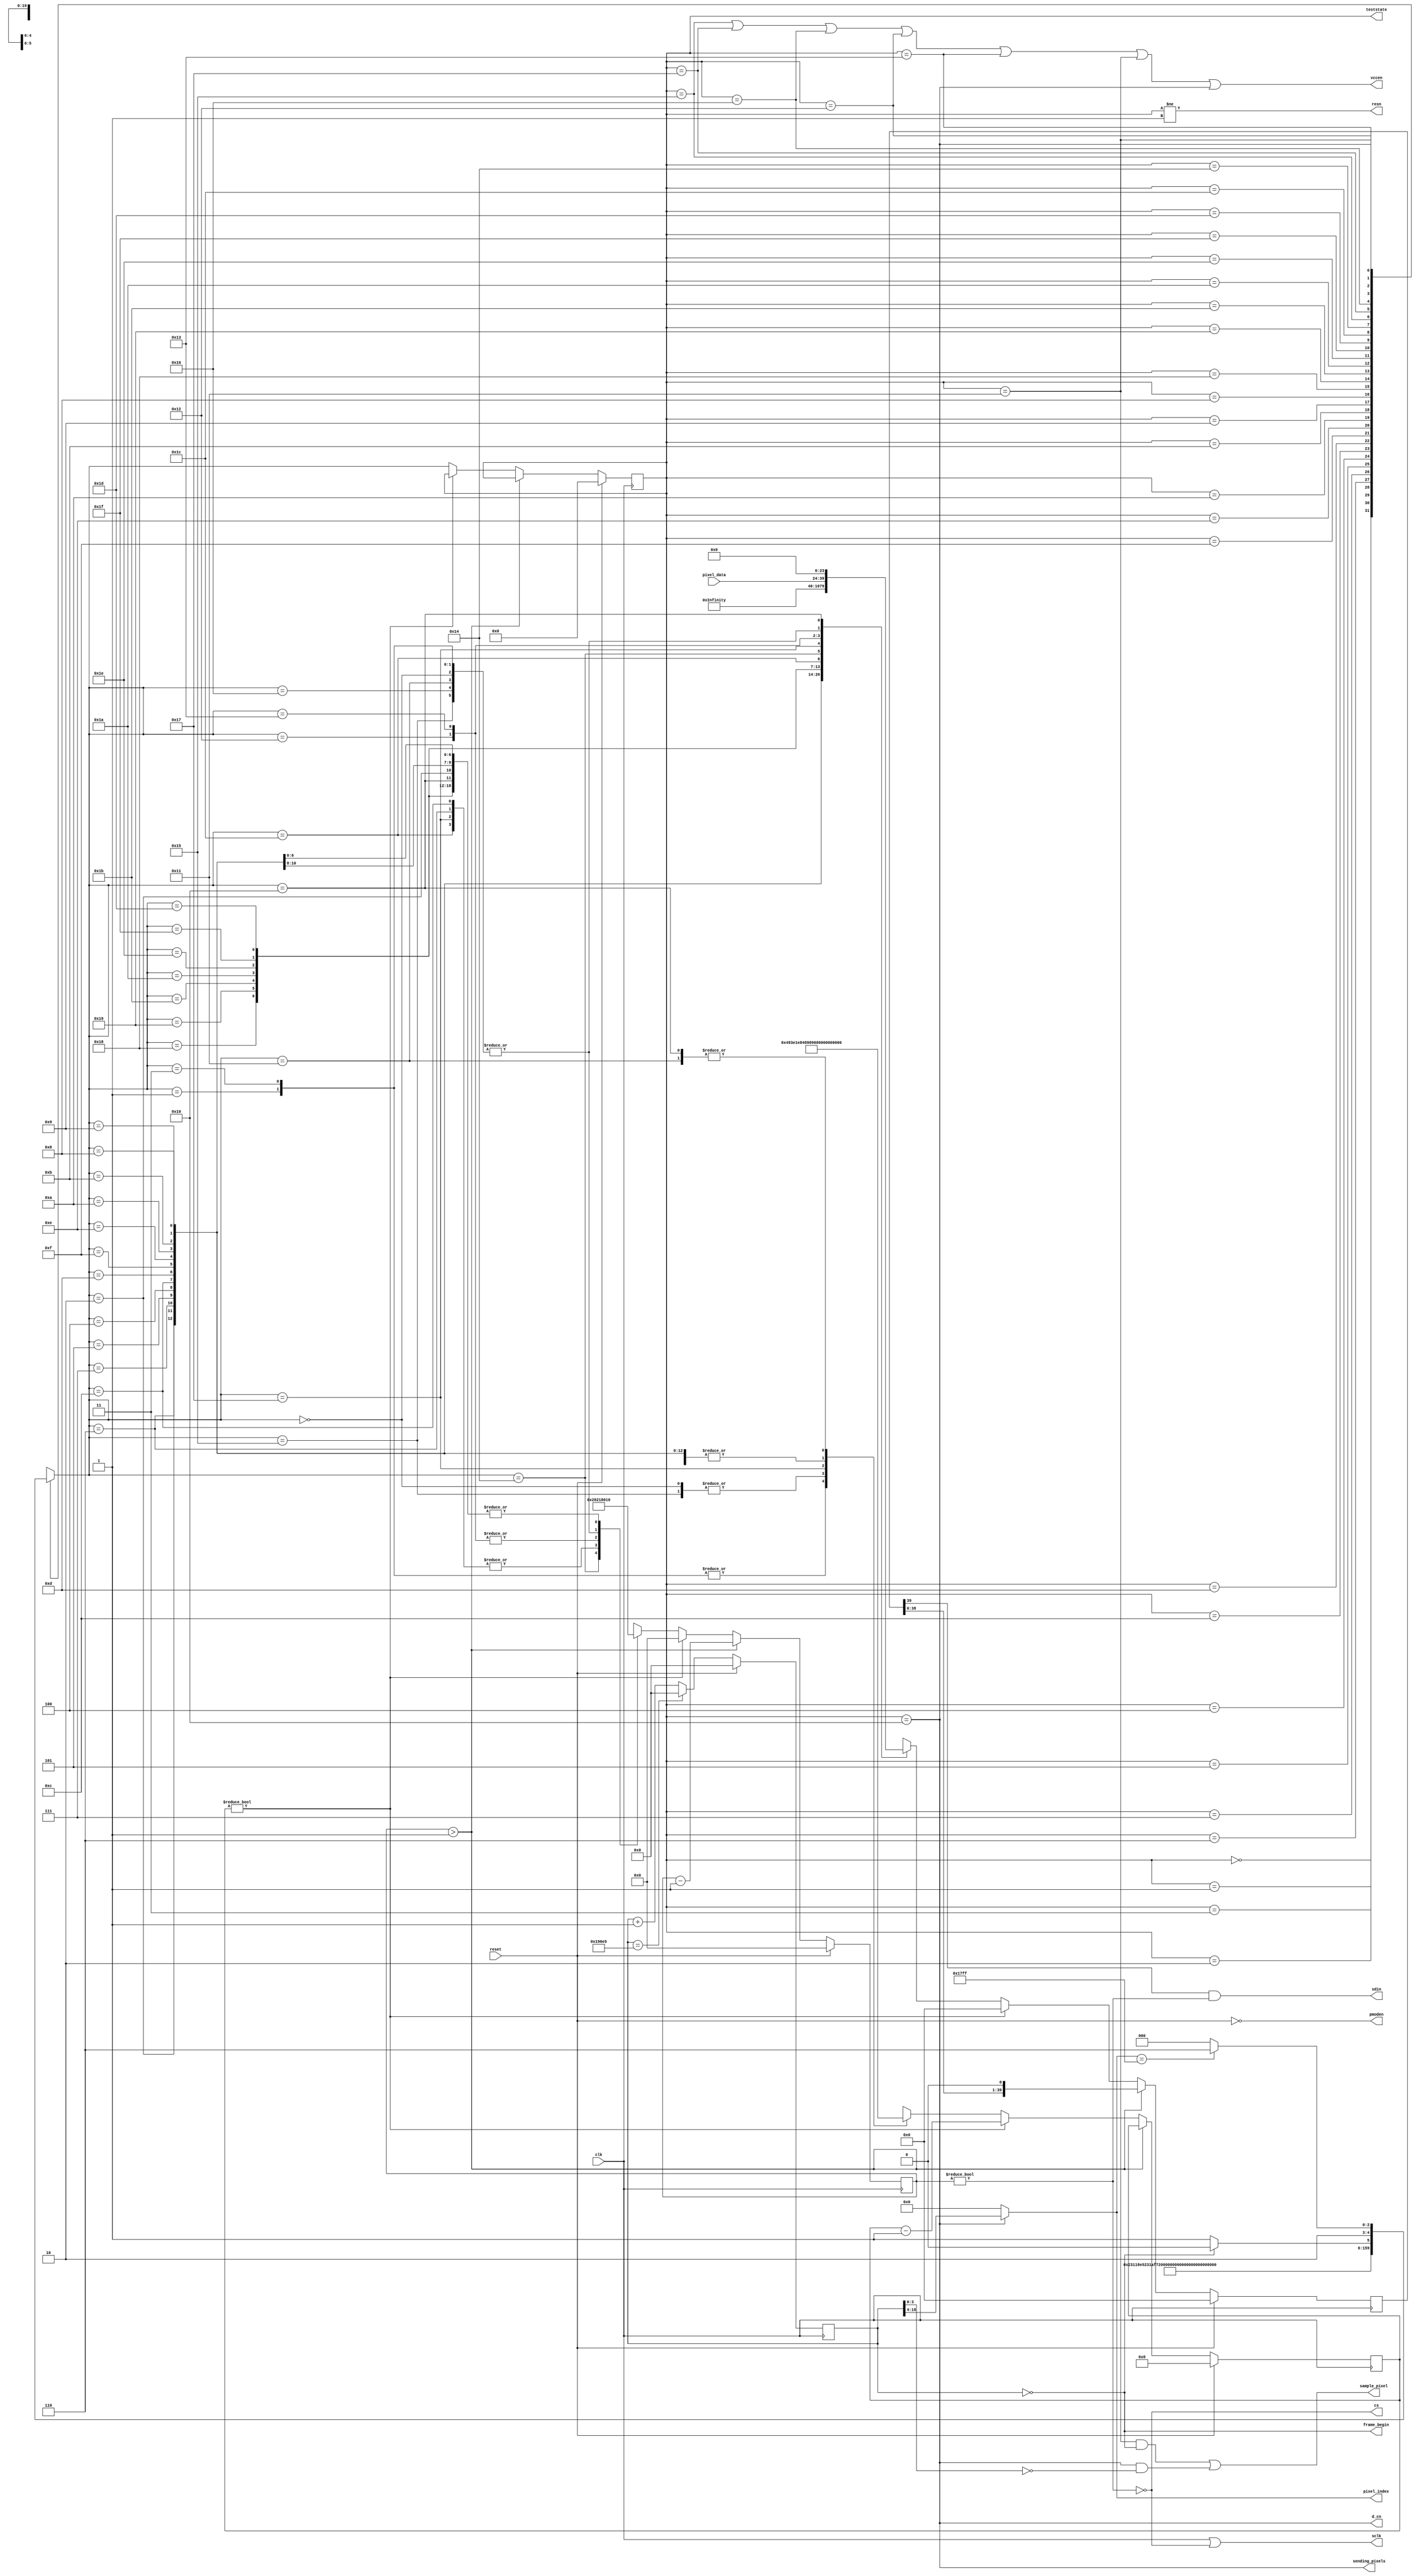
// DO NOT MODIFY THIS MODULE
// DO NOT MODIFY THIS MODULE
// DO NOT MODIFY THIS MODULE

// The codes here are adapted from https://github.com/jhol/otl-icoboard-pmodoledrgb-demo/tree/master/fw/sim

/*
 * Copyright (c) 2017 Joel Holdsworth <joel@airwebreathe.org.uk>
 * All rights reserved.
 *
 * Redistribution and use in source and binary forms, with or without
 * modification, are permitted provided that the following conditions are met:
 *
 * 1. Redistributions of source code must retain the above copyright notice,
 *    this list of conditions and the following disclaimer.
 * 2. Redistributions in binary form must reproduce the above copyright
 *    notice, this list of conditions and the following disclaimer in the
 *    documentation and/or other materials provided with the distribution.
 * 3. Neither the name of copyright holder nor the names of its
 *    contributors may be used to endorse or promote products derived from
 *    this software without specific prior written permission.
 *
 * THIS SOFTWARE IS PROVIDED BY THE COPYRIGHT HOLDERS AND CONTRIBUTORS "AS IS"
 * AND ANY EXPRESS OR IMPLIED WARRANTIES, INCLUDING, BUT NOT LIMITED TO, THE
 * IMPLIED WARRANTIES OF MERCHANTABILITY AND FITNESS FOR A PARTICULAR PURPOSE
 * ARE DISCLAIMED. IN NO EVENT SHALL THE COPYRIGHT OWNER OR CONTRIBUTORS BE
 * LIABLE FOR ANY DIRECT, INDIRECT, INCIDENTAL, SPECIAL, EXEMPLARY, OR
 * CONSEQUENTIAL DAMAGES (INCLUDING, BUT NOT LIMITED TO, PROCUREMENT OF
 * SUBSTITUTE GOODS OR SERVICES; LOSS OF USE, DATA, OR PROFITS; OR BUSINESS
 * INTERRUPTION) HOWEVER CAUSED AND ON ANY THEORY OF LIABILITY, WHETHER IN
 * CONTRACT, STRICT LIABILITY, OR TORT (INCLUDING NEGLIGENCE OR OTHERWISE)
 * ARISING IN ANY WAY OUT OF THE USE OF THIS SOFTWARE, EVEN IF ADVISED OF THE
 * POSSIBILITY OF SUCH DAMAGE.
 */

module Oled_Display(clk, reset, frame_begin, sending_pixels,
  sample_pixel, pixel_index, pixel_data, cs, sdin, sclk, d_cn, resn, vccen,
  pmoden,teststate);
localparam Width = 96;
localparam Height = 64;
localparam PixelCount = Width * Height;
localparam PixelCountWidth = $clog2(PixelCount);

parameter ClkFreq = 6250000; // Hz
input clk, reset;
output frame_begin, sending_pixels, sample_pixel;
output [PixelCountWidth-1:0] pixel_index;
input [15:0] pixel_data;
output cs, sdin, sclk, d_cn, resn, vccen, pmoden;
output [4:0] teststate;

// Frame begin event
localparam FrameFreq = 60;
localparam FrameDiv = ClkFreq / FrameFreq;
localparam FrameDivWidth = $clog2(FrameDiv);

reg [FrameDivWidth-1:0] frame_counter;
assign frame_begin = frame_counter == 0;

// State Machine
localparam PowerDelay = 20; // ms
localparam ResetDelay = 3; // us
localparam VccEnDelay = 20; // ms
localparam StartupCompleteDelay = 100; // ms

localparam MaxDelay = StartupCompleteDelay;
localparam MaxDelayCount = (ClkFreq * MaxDelay) / 1000;
reg [$clog2(MaxDelayCount)-1:0] delay;

localparam StateCount = 32;
localparam StateWidth = $clog2(StateCount);

localparam PowerUp = 5'b00000;
localparam Reset = 5'b00001;
localparam ReleaseReset = 5'b00011;
localparam EnableDriver = 5'b00010;
localparam DisplayOff = 5'b00110;
localparam SetRemapDisplayFormat = 5'b00111;
localparam SetStartLine = 5'b00101;
localparam SetOffset = 5'b00100;
localparam SetNormalDisplay = 5'b01100;
localparam SetMultiplexRatio = 5'b01101;
localparam SetMasterConfiguration = 5'b01111;
localparam DisablePowerSave = 5'b01110;
localparam SetPhaseAdjust = 5'b01010;
localparam SetDisplayClock = 5'b01011;
localparam SetSecondPrechargeA = 5'b01001;
localparam SetSecondPrechargeB = 5'b01000;
localparam SetSecondPrechargeC = 5'b11000;
localparam SetPrechargeLevel = 5'b11001;
localparam SetVCOMH = 5'b11011;
localparam SetMasterCurrent = 5'b11010;
localparam SetContrastA = 5'b11110;
localparam SetContrastB = 5'b11111;
localparam SetContrastC = 5'b11101;
localparam DisableScrolling = 5'b11100;
localparam ClearScreen = 5'b10100;
localparam VccEn = 5'b10101;
localparam DisplayOn = 5'b10111;
localparam PrepareNextFrame = 5'b10110;
localparam SetColAddress = 5'b10010;
localparam SetRowAddress = 5'b10011;
localparam WaitNextFrame = 5'b10001;
localparam SendPixel = 5'b10000;
reg [StateWidth-1:0] state;
assign sending_pixels = state == SendPixel;

assign resn = state != Reset;
assign d_cn = sending_pixels;
assign vccen = state == VccEn || state == DisplayOn ||
  state == PrepareNextFrame || state == SetColAddress ||
  state == SetRowAddress || state == WaitNextFrame || state == SendPixel;
assign pmoden = !reset;

reg [15:0] color;
//original state declaration here

wire [StateWidth-1:0] next_state = fsm_next_state(state, frame_begin, pixel_index);

function [StateWidth-1:0] fsm_next_state;
  input [StateWidth-1:0] state;
  input frame_begin;
  input [PixelCountWidth-1:0] pixels_remain;
  case (state)
    PowerUp: fsm_next_state = Reset;
    Reset: fsm_next_state = ReleaseReset;
    ReleaseReset: fsm_next_state = EnableDriver;
    EnableDriver: fsm_next_state = DisplayOff;
    DisplayOff: fsm_next_state = SetRemapDisplayFormat;
    SetRemapDisplayFormat: fsm_next_state = SetStartLine;
    SetStartLine: fsm_next_state = SetOffset;
    SetOffset: fsm_next_state = SetNormalDisplay;
    SetNormalDisplay: fsm_next_state = SetMultiplexRatio;
    SetMultiplexRatio: fsm_next_state = SetMasterConfiguration;
    SetMasterConfiguration: fsm_next_state = DisablePowerSave;
    DisablePowerSave: fsm_next_state = SetPhaseAdjust;
    SetPhaseAdjust: fsm_next_state = SetDisplayClock;
    SetDisplayClock: fsm_next_state = SetSecondPrechargeA;
    SetSecondPrechargeA: fsm_next_state = SetSecondPrechargeB;
    SetSecondPrechargeB: fsm_next_state = SetSecondPrechargeC;
    SetSecondPrechargeC: fsm_next_state = SetPrechargeLevel;
    SetPrechargeLevel: fsm_next_state = SetVCOMH;
    SetVCOMH: fsm_next_state = SetMasterCurrent;
    SetMasterCurrent: fsm_next_state = SetContrastA;
    SetContrastA: fsm_next_state = SetContrastB;
    SetContrastB: fsm_next_state = SetContrastC;
    SetContrastC: fsm_next_state = DisableScrolling;
    DisableScrolling: fsm_next_state = ClearScreen;
    ClearScreen: fsm_next_state = VccEn;
    VccEn: fsm_next_state = DisplayOn;
    DisplayOn: fsm_next_state = PrepareNextFrame;
    PrepareNextFrame: fsm_next_state = SetColAddress;
    SetColAddress: fsm_next_state = SetRowAddress;
    SetRowAddress: fsm_next_state = WaitNextFrame;
    WaitNextFrame: fsm_next_state = frame_begin ? SendPixel : WaitNextFrame;
    SendPixel: fsm_next_state = (pixel_index == PixelCount-1) ?
      PrepareNextFrame : SendPixel;
    default: fsm_next_state = PowerUp;
  endcase
endfunction

assign teststate=state;

// SPI Master
localparam SpiCommandMaxWidth = 40;
localparam SpiCommandBitCountWidth = $clog2(SpiCommandMaxWidth);

reg [SpiCommandBitCountWidth-1:0] spi_word_bit_count;
reg [SpiCommandMaxWidth-1:0] spi_word;

wire spi_busy = spi_word_bit_count != 0;
assign cs = !spi_busy;
assign sclk = clk | !spi_busy;
assign sdin = spi_word[SpiCommandMaxWidth-1] & spi_busy;

// Video
assign sample_pixel = (state == WaitNextFrame && frame_begin) ||
  (sending_pixels && frame_counter[3:0] == 0);
assign pixel_index = sending_pixels ?
  frame_counter[FrameDivWidth-1:$clog2(16)] : 0;

always @(negedge clk) begin
  if (reset) begin
    frame_counter <= 0;
    delay <= 0;
    state <= 0;
    spi_word <= 0;
    spi_word_bit_count <= 0;
  end else begin
    frame_counter <= (frame_counter == FrameDiv-1) ? 0 : frame_counter + 1;

    if (spi_word_bit_count > 1) begin
      spi_word_bit_count <= spi_word_bit_count - 1;
      spi_word <= {spi_word[SpiCommandMaxWidth-2:0], 1'b0};
    end else if (delay != 0) begin
      spi_word <= 0;
      spi_word_bit_count <= 0;
      delay <= delay - 1;
    end else begin
      state <= next_state;
      case (next_state)
        PowerUp: begin
          spi_word <= 0;
          spi_word_bit_count <= 0;
          delay <= (ClkFreq * PowerDelay) / 1000;
        end
        Reset: begin
          spi_word <= 0;
          spi_word_bit_count <= 0;
          delay <= (ClkFreq * ResetDelay) / 1000;
        end
        ReleaseReset: begin
          spi_word <= 0;
          spi_word_bit_count <= 0;
          delay <= (ClkFreq * ResetDelay) / 1000;
        end
        EnableDriver: begin
          // Enable the driver
          spi_word <= {16'hFD12, {SpiCommandMaxWidth-16{1'b0}}};
          spi_word_bit_count <= 16;
          delay <= 1;
        end
        DisplayOff: begin
          // Turn the display off
          spi_word <= {8'hAE, {SpiCommandMaxWidth-8{1'b0}}};
          spi_word_bit_count <= 8;
          delay <= 1;
        end
        SetRemapDisplayFormat: begin
          // Set the remap and display formats
          spi_word <= {16'hA072, {SpiCommandMaxWidth-16{1'b0}}};
          spi_word_bit_count <= 16;
          delay <= 1;
        end
        SetStartLine: begin
          // Set the display start line to the top line
          spi_word <= {16'hA100, {SpiCommandMaxWidth-16{1'b0}}};
          spi_word_bit_count <= 16;
          delay <= 1;
        end
        SetOffset: begin
          // Set the display offset to no vertical offset
          spi_word <= {16'hA200, {SpiCommandMaxWidth-16{1'b0}}};
          spi_word_bit_count <= 16;
          delay <= 1;
        end
        SetNormalDisplay: begin
          // Make it a normal display with no color inversion or forcing
          // pixels on/off
          spi_word <= {8'hA4, {SpiCommandMaxWidth-8{1'b0}}};
          spi_word_bit_count <= 8;
          delay <= 1;
        end
        SetMultiplexRatio: begin
          // Set the multiplex ratio to enable all of the common pins
          // calculated by thr 1+register value
          spi_word <= {16'hA83F, {SpiCommandMaxWidth-16{1'b0}}};
          spi_word_bit_count <= 16;
          delay <= 1;
        end
        SetMasterConfiguration: begin
          // Set the master configuration to use a required a required
          // external Vcc supply.
          spi_word <= {16'hAD8E, {SpiCommandMaxWidth-16{1'b0}}};
          spi_word_bit_count <= 16;
          delay <= 1;
        end
        DisablePowerSave: begin
          // Disable power saving mode.
          spi_word <= {16'hB00B, {SpiCommandMaxWidth-16{1'b0}}};
          spi_word_bit_count <= 16;
          delay <= 1;
        end
        SetPhaseAdjust: begin
          // Set the phase length of the charge and dischare rates of
          // an OLED pixel.
          spi_word <= {16'hB131, {SpiCommandMaxWidth-16{1'b0}}};
          spi_word_bit_count <= 16;
          delay <= 1;
        end
        SetDisplayClock: begin
          // Set the display clock divide ration and oscillator frequency
          spi_word <= {16'hB3F0, {SpiCommandMaxWidth-16{1'b0}}};
          spi_word_bit_count <= 16;
          delay <= 1;
        end
        SetSecondPrechargeA: begin
          // Set the second pre-charge speed of color A
          spi_word <= {16'h8A64, {SpiCommandMaxWidth-16{1'b0}}};
          spi_word_bit_count <= 16;
          delay <= 1;
        end
        SetSecondPrechargeB: begin
          // Set the second pre-charge speed of color B
          spi_word <= {16'h8B78, {SpiCommandMaxWidth-16{1'b0}}};
          spi_word_bit_count <= 16;
          delay <= 1;
        end
        SetSecondPrechargeC: begin
          // Set the second pre-charge speed of color C
          spi_word <= {16'h8C64, {SpiCommandMaxWidth-16{1'b0}}};
          spi_word_bit_count <= 16;
          delay <= 1;
        end
        SetPrechargeLevel: begin
          // Set the pre-charge voltage to approximately 45% of Vcc
          spi_word <= {16'hBB3A, {SpiCommandMaxWidth-16{1'b0}}};
          spi_word_bit_count <= 16;
          delay <= 1;
        end
        SetVCOMH: begin
          // Set the VCOMH deselect level
          spi_word <= {16'hBE3E, {SpiCommandMaxWidth-16{1'b0}}};
          spi_word_bit_count <= 16;
          delay <= 1;
        end
        SetMasterCurrent: begin
          // Set the master current attenuation
          spi_word <= {16'h8706, {SpiCommandMaxWidth-16{1'b0}}};
          spi_word_bit_count <= 16;
          delay <= 1;
        end
        SetContrastA: begin
          // Set the contrast for color A
          spi_word <= {16'h8191, {SpiCommandMaxWidth-16{1'b0}}};
          spi_word_bit_count <= 16;
          delay <= 1;
        end
        SetContrastB: begin
          // Set the contrast for color B
          spi_word <= {16'h8250, {SpiCommandMaxWidth-16{1'b0}}};
          spi_word_bit_count <= 16;
          delay <= 1;
        end
        SetContrastC: begin
          // Set the contrast for color C
          spi_word <= {16'h837D, {SpiCommandMaxWidth-16{1'b0}}};
          spi_word_bit_count <= 16;
          delay <= 1;
        end
        DisableScrolling: begin
          // Disable scrolling
          spi_word <= {8'h25, {SpiCommandMaxWidth-8{1'b0}}};
          spi_word_bit_count <= 8;
          delay <= 1;
        end
        ClearScreen: begin
          // Clear the screen
          spi_word <= {40'h2500005F3F, {SpiCommandMaxWidth-40{1'b0}}};
          spi_word_bit_count <= 40;
          delay <= 1;
        end
        VccEn: begin
          spi_word <= 0;
          spi_word_bit_count <= 0;
          delay <= (ClkFreq * VccEnDelay) / 1000;
        end
        DisplayOn: begin
          // Turn the display on
          spi_word <= {8'hAF, {SpiCommandMaxWidth-8{1'b0}}};
          spi_word_bit_count <= 8;
          delay <= (ClkFreq * StartupCompleteDelay) / 1000;
        end
        PrepareNextFrame: begin
          // Deassert CS before beginning next frame
          spi_word <= 0;
          spi_word_bit_count <= 0;
          delay <= 1;
        end
        SetColAddress: begin
          // Set the column address
          spi_word <= {24'h15005F, {SpiCommandMaxWidth-24{1'b0}}};
          spi_word_bit_count <= 24;
          delay <= 1;
        end
        SetRowAddress: begin
          // Set the row address
          spi_word <= {24'h75003F, {SpiCommandMaxWidth-24{1'b0}}};
          spi_word_bit_count <= 24;
          delay <= 1;
        end
        WaitNextFrame: begin
          spi_word <= 0;
          spi_word_bit_count <= 0;
          delay <= 0;
        end
        SendPixel: begin
          spi_word <= {pixel_data, {SpiCommandMaxWidth-16{1'b0}}};
          spi_word_bit_count <= 16;
          delay <= 0;
        end
        default: begin
          spi_word <= 0;
          spi_word_bit_count <= 0;
          delay <= 0;
        end
      endcase
    end
  end
end

endmodule